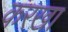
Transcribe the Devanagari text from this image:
करखा